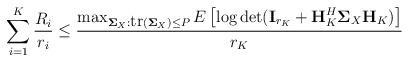
LaTeX: \begin{align*} \sum_{i=1}^K\frac{R_i}{r_i}\leq \frac{\max_{\mathbf{\Sigma}_{X}:\mbox{tr}(\mathbf{\Sigma}_{X})\leq P}E\left[\log \det(\textbf{I}_{r_K}+\textbf{H}_K^H\mathbf{\Sigma}_X\textbf{H}_K)\right]}{r_K}\end{align*}